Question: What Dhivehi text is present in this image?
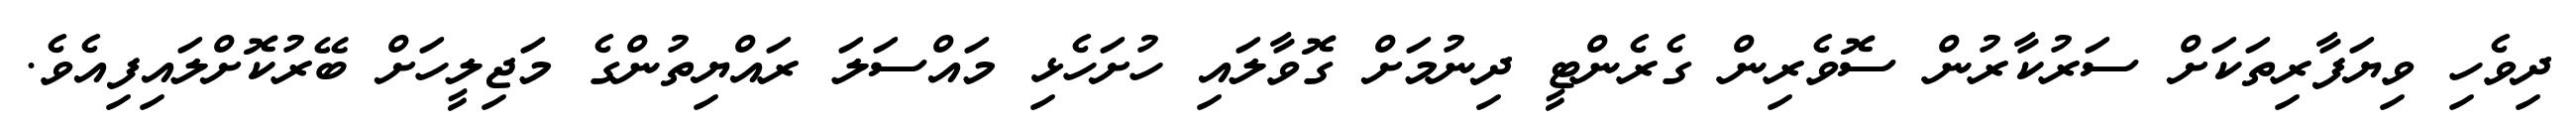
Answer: ދިވެހި ވިޔަފާރިތަކަށް ސަރުކާރުން ސޮވެރިން ގެރެންޓީ ދިނުމަށް ގޮވާލައި ހުށަހެޅި މައްސަލަ ރައްޔިތުންގެ މަޖިލީހަށް ބޭރުކޮށްލައިފިއެވެ.